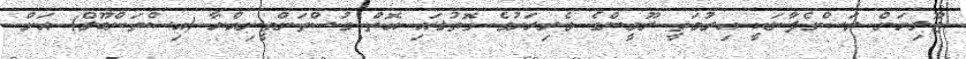
ޖޫލިޔަން ރަސްގެފާނަކީ އިރުމަތީ ރޫމީންގެ ވެރިރަށުގެ ގޮތުގައި އޮތް ގުސްތަންތީނިއްޔާ (އިސްތަންބޫލް) އަށް